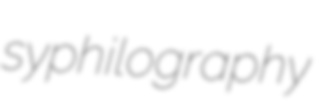
syphilography